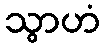
သွာဟံ